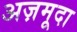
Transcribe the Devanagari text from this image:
अज़मूदा